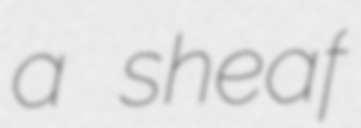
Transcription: a sheaf